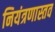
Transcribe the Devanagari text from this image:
नियंत्रणास्तव